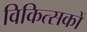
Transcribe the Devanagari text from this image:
विकित्सकों